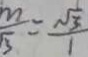
\frac { m } { \sqrt { 3 } } = \frac { \sqrt { 3 } } { 1 }